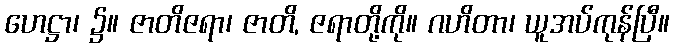
ဟေဋ္ဌာ၊ ၌။ ဇာတိဇရာ၊ ဇာတိ, ဇရာတို့ကို။ ဂဟိတာ၊ ယူအပ်ကုန်ပြီ။